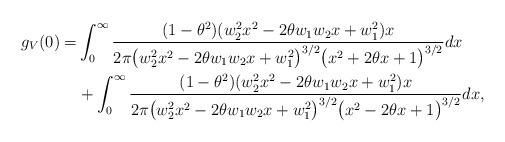
LaTeX: \begin{align*} g_V(0) =&\int_{0}^{\infty}\frac{(1-\theta^2)(w_2^2x^2-2\theta w_1w_2x+w_1^2)x}{2\pi\big(w_2^2x^2-2\theta w_1w_2x+w_1^2\big)^{3/2}\bigl(x^2+2\theta x+1\big)^{3/2}}dx \\&+\int_{0}^{\infty}\frac{(1-\theta^2)(w_2^2x^2-2\theta w_1w_2x+w_1^2)x}{2\pi\big(w_2^2 x^2-2\theta w_1w_2x+w_1^2\bigr)^{3/2}\bigl(x^2-2\theta x+1\big)^{3/2}}dx,\end{align*}